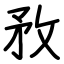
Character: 敄